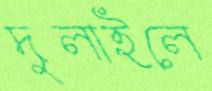
দুলাইলে